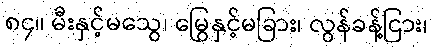
၈၄။ မီးနှင့်မသွေ၊ မြွေနှင့်မခြား၊ လွန်ခန့်ငြား၊